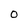
Character: O